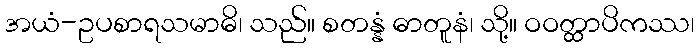
အယံ-ဥပစာရသမာဓိ၊ သည်။ စတန္နံ ဓာတူနံ၊ သို့။ ဝဝတ္ထာပိကဿ၊